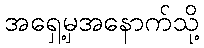
အရှေ့မှအနောက်သို့